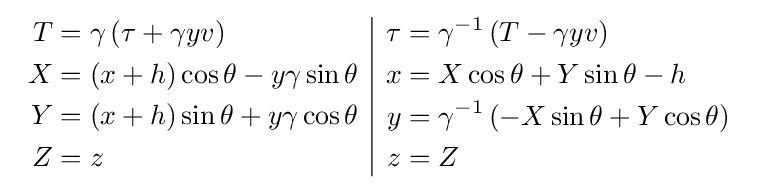
{\begin{array}{c|c}{\begin{aligned}T&=\gamma \left(\tau +\gamma yv\right)\\X&=(x+h)\cos \theta -y\gamma \sin \theta \\Y&=(x+h)\sin \theta +y\gamma \cos \theta \\Z&=z\end{aligned}}&{\begin{aligned}\tau &=\gamma ^{-1}\left(T-\gamma yv\right)\\x&=X\cos \theta +Y\sin \theta -h\\y&=\gamma ^{-1}\left(-X\sin \theta +Y\cos \theta \right)\\z&=Z\end{aligned}}\end{array}}